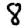
Digit: 8